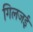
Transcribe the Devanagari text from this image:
गिलजई